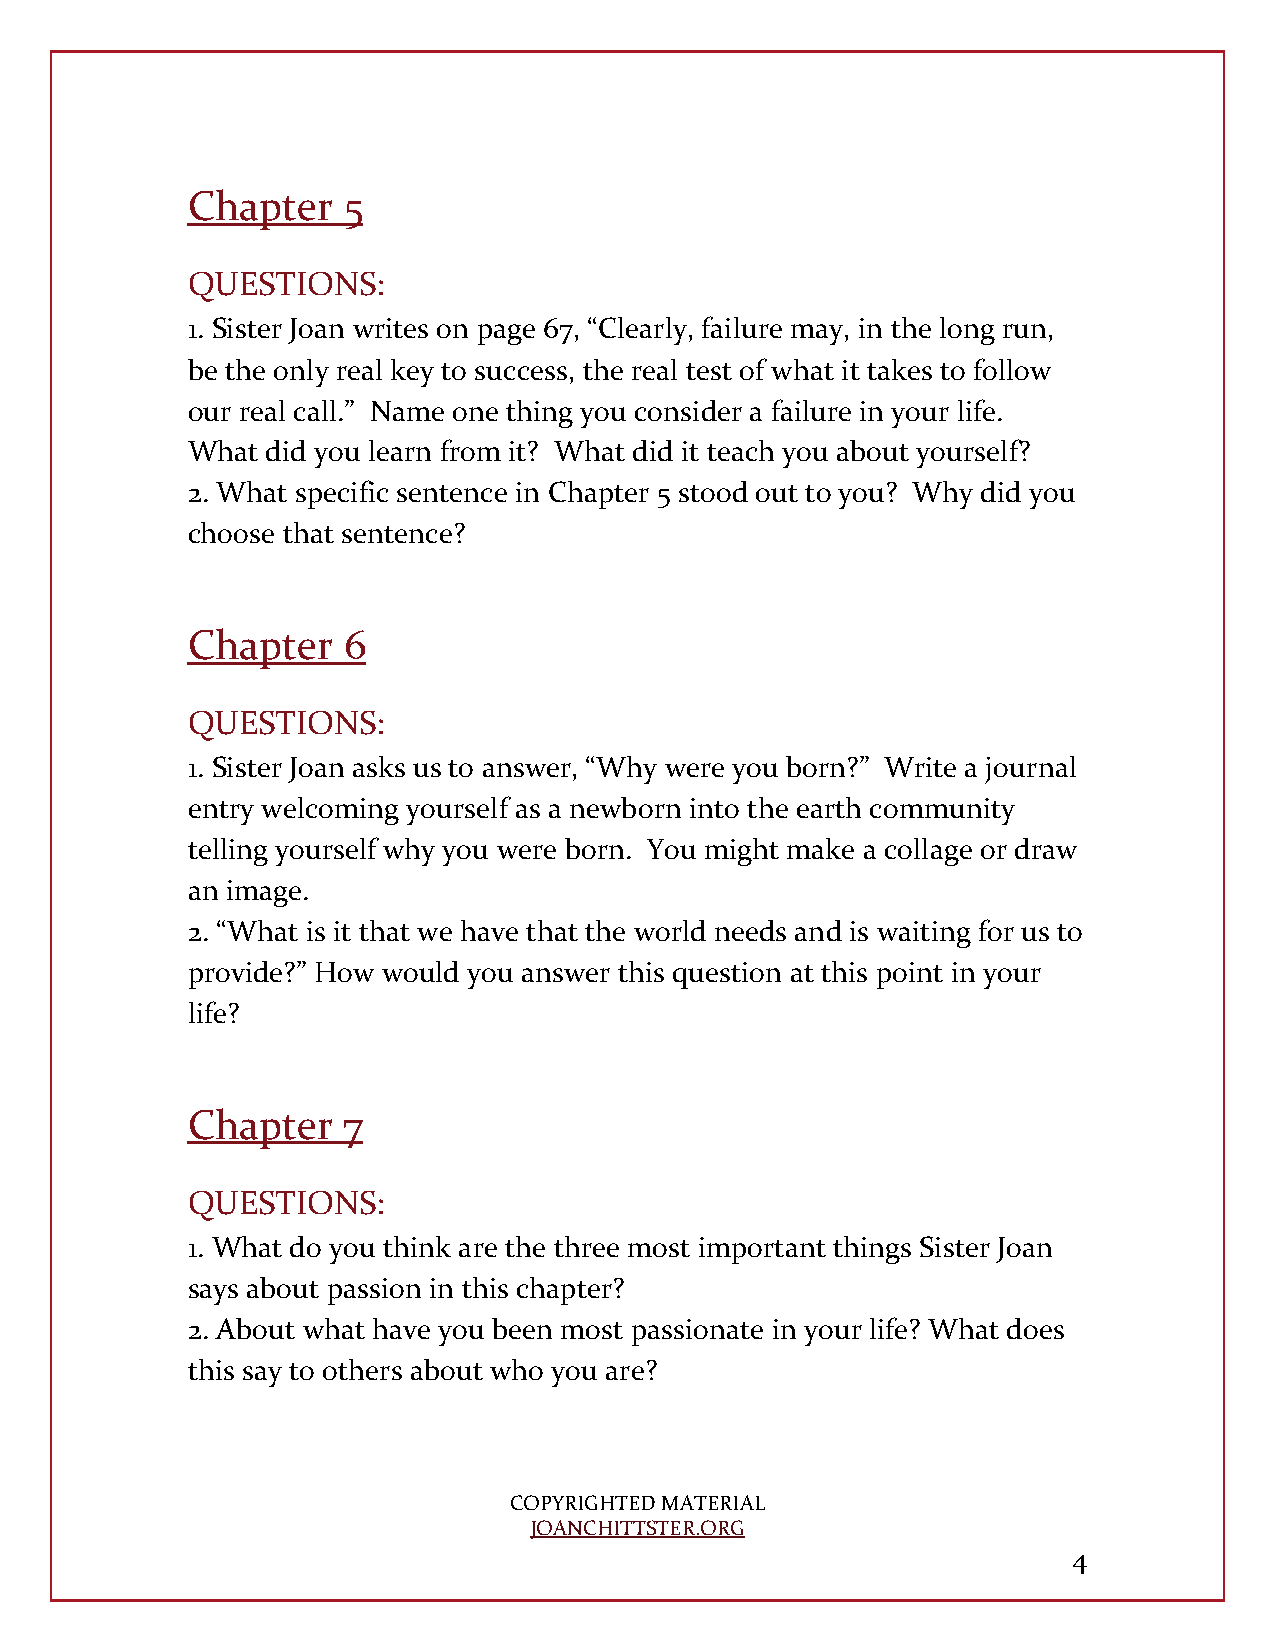
Chapter    5
 QUESTIONS:
 1. Sister Joan writes on page 67, “Clearly, failure may, in the long run,
 be the only real key to success, the real test of what it takes to follow
 our real call.” Name one thing you consider a failure in your life.
 What  did you learn from it? What did it teach you about yourself?
 2. What specific sentence in Chapter 5 stood out to you? Why did you
 choose that sentence?
 Chapter    6
 QUESTIONS:
 1. Sister Joan asks us to answer, “Why were you born?” Write a journal
 entry welcoming yourself as a newborn into the earth community
 telling yourself why you were born. You might make a collage or draw
 an image.
 2. “What is it that we have that the world needs and is waiting for us to
 provide?” How would you answer this question at this point in your
 life?
 Chapter    7
 QUESTIONS:
 1. What do you think are the three most important things Sister Joan
 says about passion in this chapter?
 2. About what have you been most passionate in your life? What does
 this say to others about who you are?
 COPYRIGHTED MATERIAL
 JOANCHITTSTER.ORG
 4